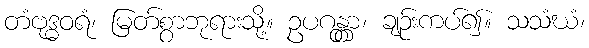
တံဗုဒ္ဓဝရံ၊ မြတ်စွာဘုရားသို့။ ဥပဂန္တွာ၊ ချဉ်းကပ်၍။ သသံဃံ၊